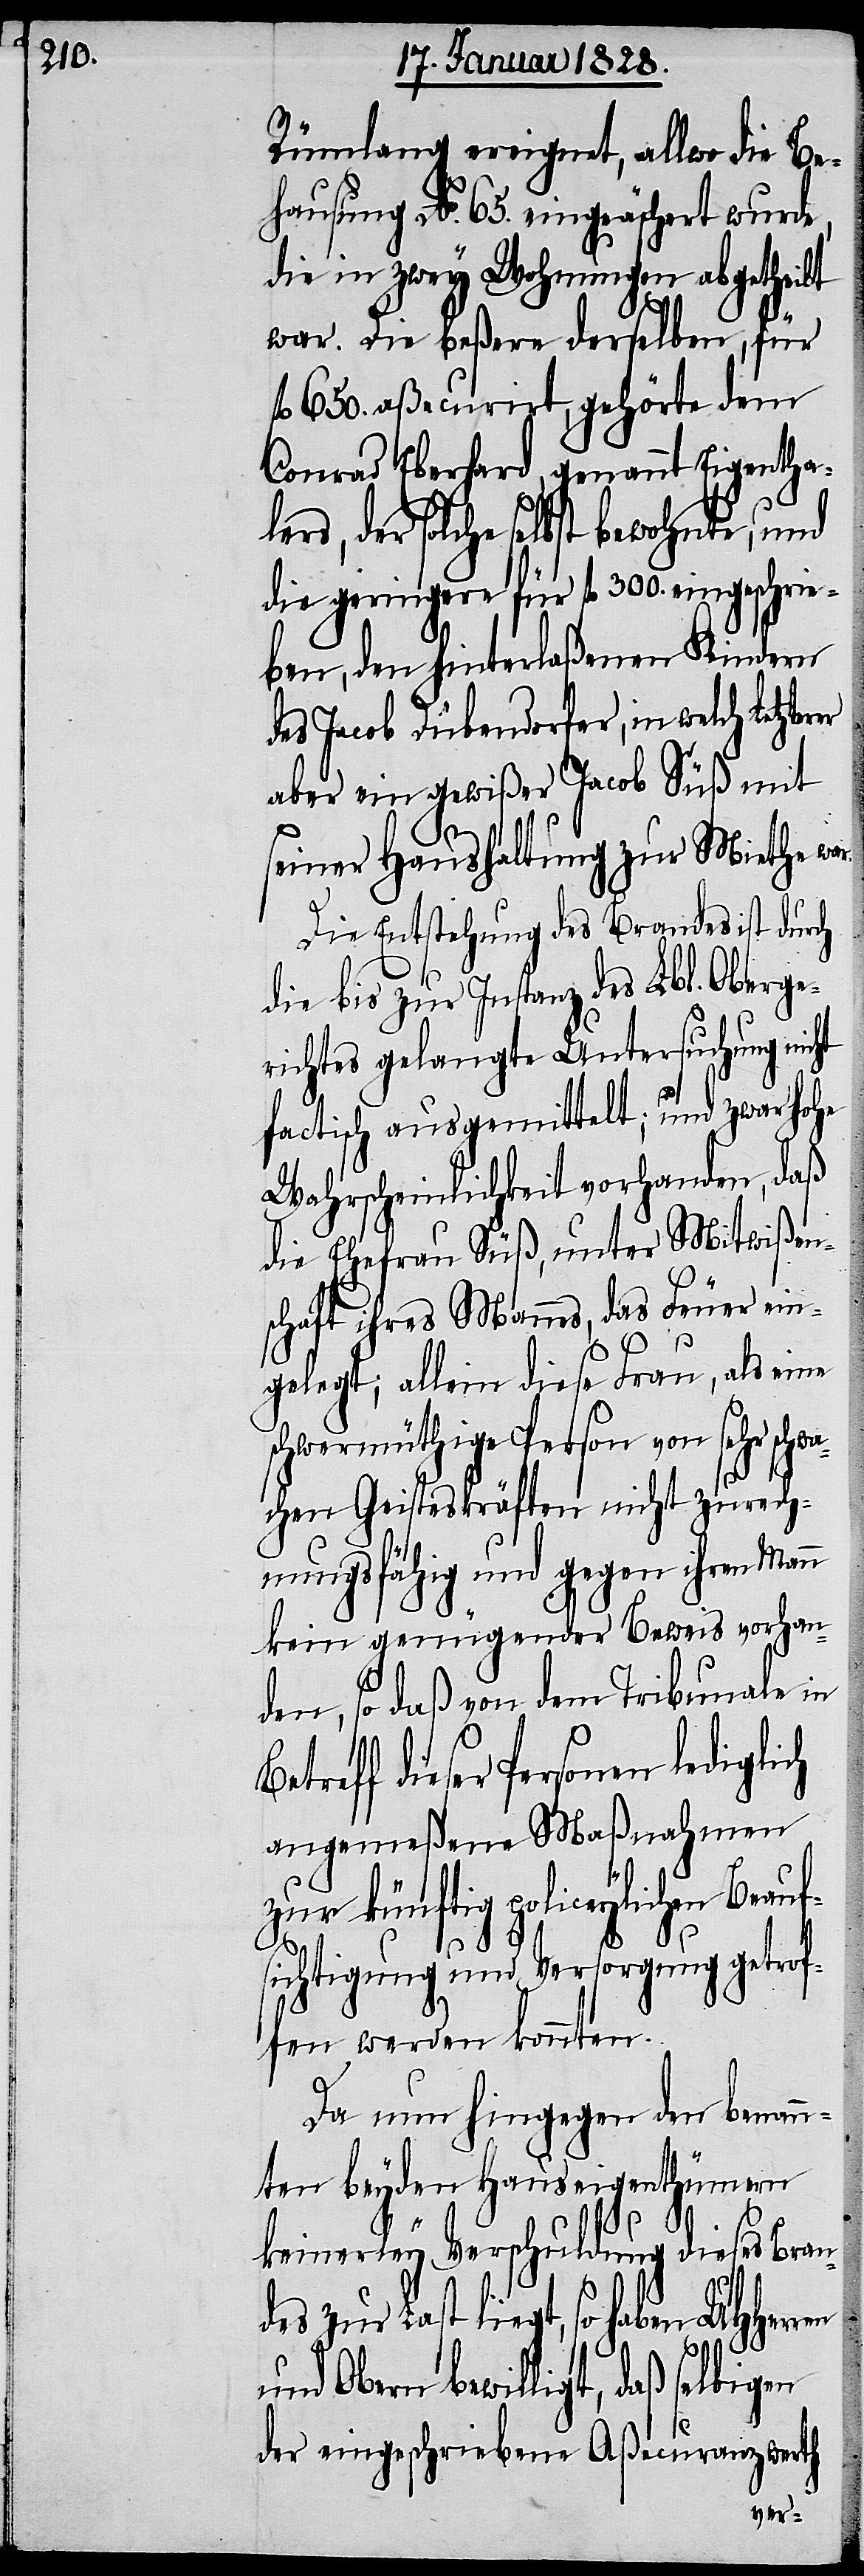
Rümlang ereignet, allwo die Be¬
hausung No. 65. eingeäschert wurde,
die in zwey Wohnungen abgetheilt
war. Die beßere derselben, für
fl 650. aßecurirt, gehörte dem
Conrad Eberhard genannt Eigenthal¬
der solche selbst bewohnte, und
die geringere für fl 300. eingeschrie¬
ben, den hinterlaßenen Kindern
des Jacob Dübendorfer, in welch letzte¬
aber ein gewißer Jacob Süß mit
seiner Haushaltung zur Miethe war.
Die Entstehung des Brandes ist durch
die bis zur Instanz des Lbl. Oberge¬
richtes ausgemittelt; und zwar hohe
Wahrscheinlichkeit vorhanden, daß
die Ehefrau Süß, unter Mitwißen¬
schaft ihres Mannes, das Feuer ein¬
gelegt; allein diese Frau, als eine
schwermüthige Person von sehr schw¬
achen Geisteskräften nicht zurech¬
nungsfähig und gegen ihren Mann
kein genügender Beweis vorhan¬
den, so daß von dem Tribunale in
treff dieser Personen ledigli¬
angemeßene Maßnahmen
zur künftig policeylichen Beau¬
sichtigung und Versorgung getrof¬
fen werden konnten.
Da nun hingegen der benann¬
ten beyden Hauseigenthümern
keinerley Verschuldung dieses Bran¬
des zur Last liegt, so haben
ers,
f¬
und Obern bewilligt, daß selbigen
der eingeschriebene Aßecuranzwerth